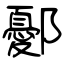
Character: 鄾